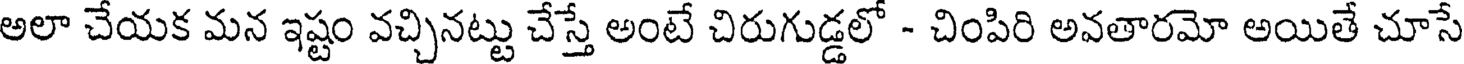
అలా చేయక మన ఇష్టం వచ్చినట్టు చేస్తే అంటే చిరుగుడ్డలో - చింపిరి అవతారమో అయితే చూసే